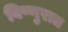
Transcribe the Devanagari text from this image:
विष्णुरात